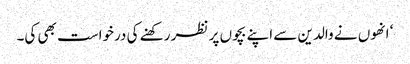
‘ انھوں نے والدین سے اپنے بچوں پر نظر رکھنے کی درخواست بھی کی۔